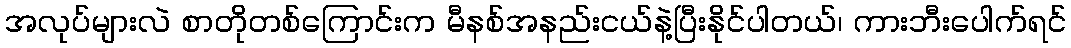
အလုပ်များလဲ စာတိုတစ်ကြောင်းက မီနစ်အနည်းငယ်နဲ့ပြီးနိုင်ပါတယ်၊ ကားဘီးပေါက်ရင်